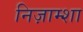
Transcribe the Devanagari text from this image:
निज़ाम्शा